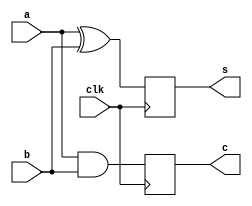

module HA(clk, a, b, s, c);
    input clk;
    input a, b;
    output  reg s, c;
    always @(posedge clk) begin
        s <=  a ^ b ;
        c <=  a & b ;
    end
endmodule